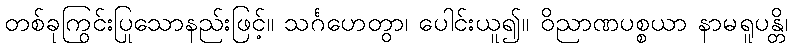
တစ်ခုကြွင်းပြုသောနည်းဖြင့်။ သင်္ဂဟေတွာ၊ ပေါင်းယူ၍။ ဝိညာဏပစ္စယာ နာမရူပန္တိ၊